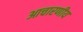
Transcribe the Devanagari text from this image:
आचारणीय